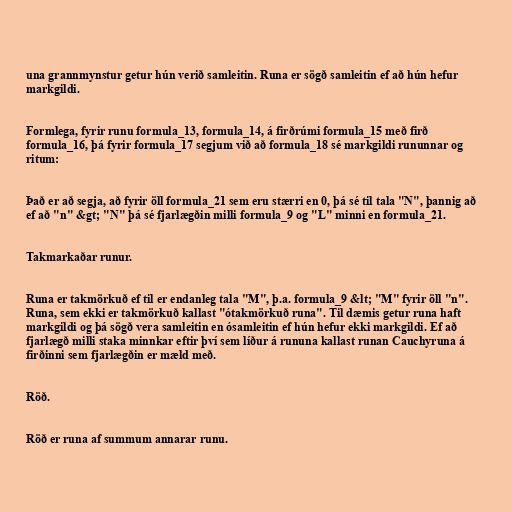
una grannmynstur getur hún verið samleitin. Runa er sögð samleitin ef að hún hefur
markgildi.

Formlega, fyrir runu formula_13, formula_14, á firðrúmi formula_15 með firð
formula_16, þá fyrir formula_17 segjum við að formula_18 sé markgildi rununnar og
ritum:

Það er að segja, að fyrir öll formula_21 sem eru stærri en 0, þá sé til tala "N", þannig að
ef að "n" &gt; "N" þá sé fjarlægðin milli formula_9 og "L" minni en formula_21.

Takmarkaðar runur.

Runa er takmörkuð ef til er endanleg tala "M", þ.a. formula_9 &lt; "M" fyrir öll "n".
Runa, sem ekki er takmörkuð kallast "ótakmörkuð runa". Til dæmis getur runa haft
markgildi og þá sögð vera samleitin en ósamleitin ef hún hefur ekki markgildi. Ef að
fjarlægð milli staka minnkar eftir því sem líður á rununa kallast runan Cauchyruna á
firðinni sem fjarlægðin er mæld með.

Röð.

Röð er runa af summum annarar runu.